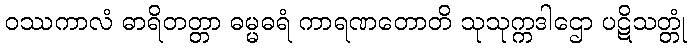
ဝဿကာလံ ဓာရိတတ္တာ ဓမ္မဓရံ ကာရဏတောတိ သုသုက္ကဒါဌော ပဋိသတ္တုံ